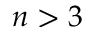
n > 3